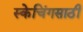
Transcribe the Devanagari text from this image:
स्केचिंगसाठी